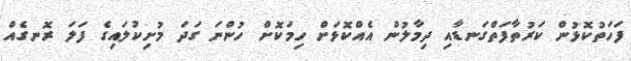
ފަހަތުކޮޅުން ކަރުތާފަތްގަނޑާއި ދިމާލުން އެއްކޮޅަށް ހިމަކޮށް ހުންނަ ގަދަ މުށިކުލައިގެ ފަލަ ރޮނގެއް